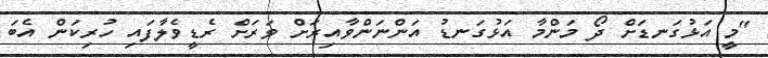
"މީ އަޅުގަނޑަށް ދޯ މަންމާ އަޅުގަނޑު އަންނަންވާއިރަށް ވަރަށް ރެޑީވެލާފައި ހުރިކަން އެބަ